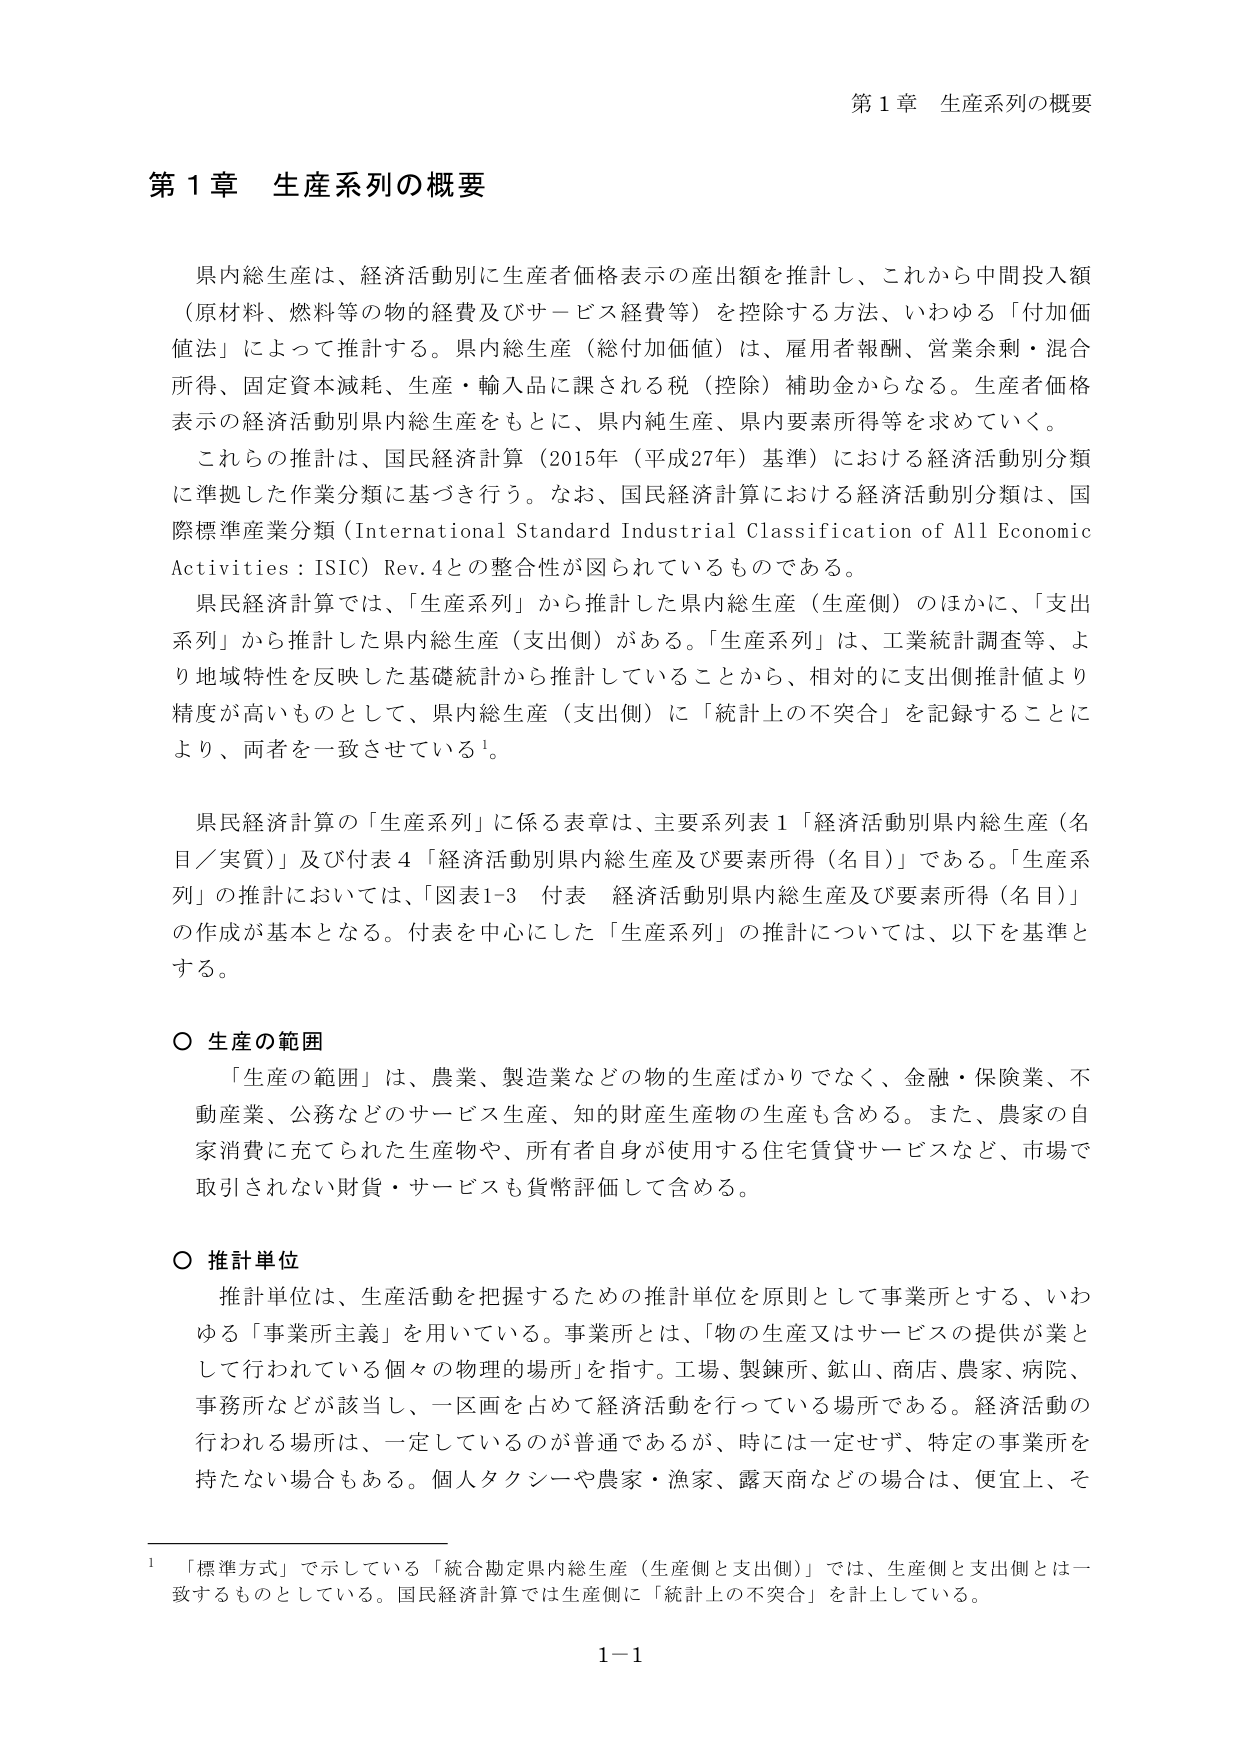
第１章 生産系列の概要

県内総生産は、経済活動別に生産者価格表示の産出額を推計し、これから中間投入額（原材料、燃料等の物的経費及びサービス経費等）を控除する方法、いわゆる「付加価値法」によって推計する。県内総生産（総付加価値）は、雇用者報酬、営業余剰・混合所得、固定資本減耗、生産・輸入品に課される税（控除）補助金からなる。生産者価格表示の経済活動別県内総生産をもとに、県内純生産、県内要素所得等を求めていく。

これらの推計は、国民経済計算（2015年（平成27年）基準）における経済活動別分類に準拠した作業分類に基づき行う。なお、国民経済計算における経済活動別分類は、国際標準産業分類（International Standard Industrial Classification of All Economic Activities：ISIC）Rev.4との整合性が図られているものである。

県民経済計算では、「生産系列」から推計した県内総生産（生産側）のほかに、「支出系列」から推計した県内総生産（支出側）がある。「生産系列」は、工業統計調査等、より地域特性を反映した基礎統計から推計していることから、相対的に支出側推計値より精度が高いものとして、県内総生産（支出側）に「統計上の不突合」を記録することにより、両者を一致させている¹。

県民経済計算の「生産系列」に係る表章は、主要系列表１「経済活動別県内総生産（名目／実質）」及び付表４「経済活動別県内総生産及び要素所得（名目）」である。「生産系列」の推計においては、「図表1-3 付表 経済活動別県内総生産及び要素所得（名目）」の作成が基本となる。付表を中心とした「生産系列」の推計については、以下を基準とする。

○ 生産の範囲

「生産の範囲」は、農業、製造業などの物的生産ばかりでなく、金融・保険業、不動産業、公務などのサービス生産、知的財産生産物の生産も含める。また、農家の自家消費に充てられた生産物や、所有者自身が使用する住宅賃貸サービスなど、市場で取引されない財貨・サービスも貨幣評価して含める。

○ 推計単位

推計単位は、生産活動を把握するための推計単位を原則として事業所とする、いわゆる「事業所主義」を用いている。事業所とは、「物の生産又はサービスの提供が業として行われている個々の物理的場所」を指す。工場、製錬所、鉱山、商店、農家、病院、事務所などが該当し、一区画を占めて経済活動を行っている場所である。経済活動の行われる場所は、一定しているのが普通であるが、時には一定せず、特定の事業所を持たない場合もある。個人タクシーや農家・漁家、露天商などの場合は、便宜上、そ

¹ 「標準方式」で示している「統合勘定県内総生産（生産側と支出側）」では、生産側と支出側とは一致するものとしている。国民経済計算では生産側に「統計上の不突合」を計上している。

1-1